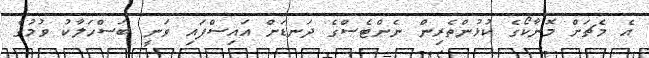
އެ މެޗަށް މޮނާކޯގެ ކުޅުންތެރިން ނެންޓެސްގެ ދަނޑަށް އައިސްފައި ވަނީ ބަސްހަލާކު ވުމުގެ